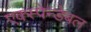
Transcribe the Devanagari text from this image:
एक्स्पेन्डेबल